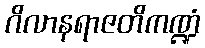
ဂိလာနရာဇတိကဏ္ဍံ